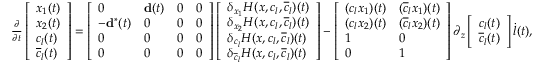
\begin{array} { r } { \frac { \partial } { \partial t } \left[ \begin{array} { l } { x _ { 1 } ( t ) } \\ { x _ { 2 } ( t ) } \\ { c _ { l } ( t ) } \\ { \overline { { c } } _ { l } ( t ) } \end{array} \right] = \left[ \begin{array} { l l l l } { 0 } & { \mathbf { d } ( t ) } & { 0 } & { 0 } \\ { - \mathbf { d } ^ { \ast } ( t ) } & { 0 } & { 0 } & { 0 } \\ { 0 } & { 0 } & { 0 } & { 0 } \\ { 0 } & { 0 } & { 0 } & { 0 } \end{array} \right] \left[ \begin{array} { l } { \delta _ { x _ { 1 } } H ( x , c _ { l } , \overline { { c } } _ { l } ) ( t ) } \\ { \delta _ { x _ { 2 } } H ( x , c _ { l } , \overline { { c } } _ { l } ) ( t ) } \\ { \delta _ { c _ { l } } H ( x , c _ { l } , \overline { { c } } _ { l } ) ( t ) } \\ { \delta _ { \overline { { c } } _ { l } } H ( x , c _ { l } , \overline { { c } } _ { l } ) ( t ) } \end{array} \right] - \left[ \begin{array} { l l } { ( c _ { l } x _ { 1 } ) ( t ) } & { ( \overline { { c } } _ { l } x _ { 1 } ) ( t ) } \\ { ( c _ { l } x _ { 2 } ) ( t ) } & { ( \overline { { c } } _ { l } x _ { 2 } ) ( t ) } \\ { 1 } & { 0 } \\ { 0 } & { 1 } \end{array} \right] \partial _ { z } \left[ \begin{array} { l } { c _ { l } ( t ) } \\ { \overline { { c } } _ { l } ( t ) } \end{array} \right] \dot { l } ( t ) , } \end{array}